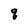
Character: q